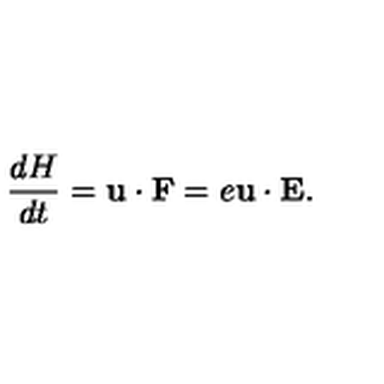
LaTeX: { \frac { d H } { d t } } = { \bf u } \cdot { \bf F } = e { \bf u } \cdot { \bf E } .